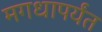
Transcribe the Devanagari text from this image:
मगधापर्यंत